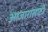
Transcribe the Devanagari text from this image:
अाजारांसाठी